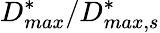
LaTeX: \textit{D}_{max}^{*}/\textit{D}_{max,s}^{*}